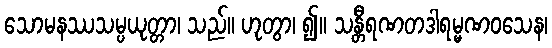
သောမနဿသမ္ပယုတ္တာ၊ သည်။ ဟုတွာ၊ ၍။ သန္တီရဏတဒါရမ္မဏဝသေန၊